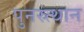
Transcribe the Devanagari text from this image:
पुनस्र्त्थान